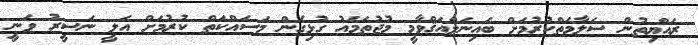
ރައްޔިތުން ސަލާމަތްކުރުމަށް ބައިނަލްއަޤްވާމީ މުޖުތަމައު ގުޅިގެން މަސައްކަތް ކުރުމަށް އަލީ ނަސީރު ވަނީ